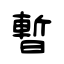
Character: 暫